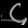
Digit: ၄